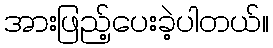
အားဖြည့်ပေးခဲ့ပါတယ်။